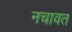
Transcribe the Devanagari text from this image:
नचावत